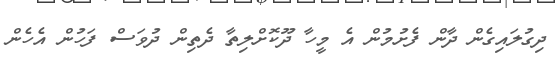
ދިގުލައިގެން ދާން ފެށުމުން އެ މީހާ ދޫކޮށްލިތާ ދެތިން ދުވަސް ފަހުން އެހެން